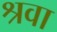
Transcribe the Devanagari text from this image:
श्रवा